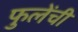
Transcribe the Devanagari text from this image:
फुलेंची